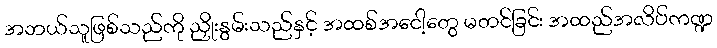
အဘယ်သူဖြစ်သည်ကို ညှိုးနွမ်းသည်နှင့် အထစ်အငေါ့တွေ မတင်ခြင်း အထည်အလိပ်ကဏ္ဍ